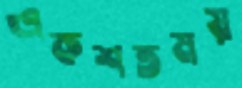
একশতময়